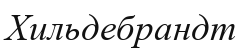
Хильдебрандт